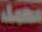
محمد